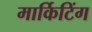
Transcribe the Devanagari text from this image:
मार्किटिंग